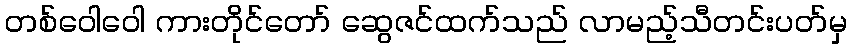
တစ်ဝေါဝေါ ကားတိုင်တော် ဆွေဇင်ထက်သည် လာမည့်သီတင်းပတ်မှ